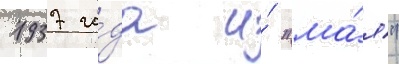
1937 го́да и́ "ма́я"